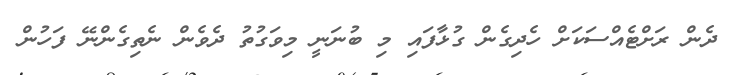
ދެން ރަށްޓެއްސަކަށް ހެދިގެން ގުޅާފައި މި ބުނަނީ މިވަގުތު ދެވެން ނެތިގެންނޭ ފަހުން